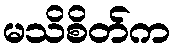
မသိစိတ်က